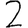
Digit: 2